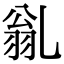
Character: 𠃽